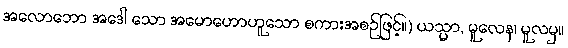
အလောဘော အဒေါ သော အမောဟောဟူသော စကားအစဉ်ဖြင့်။) ယသ္မာ, မူလေန၊ မူလမှ။